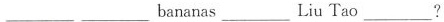
___ ___bananas___Liu Tao___?